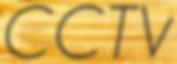
CCTV